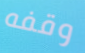
وقفه